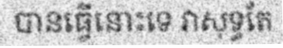
បានធ្វើនោះទេ វាសុទ្ធតែ